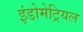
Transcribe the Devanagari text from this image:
इंडोमेट्रियल